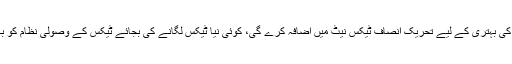
اس طرح معیشت کی بہتری کے لیے تحریکِ انصاف ٹیکس نیٹ میں اضافہ کرے گی، کوئی نیا ٹیکس لگانے کی بجائے ٹیکس کے وصولی نظام کو بہتر بنایا جائے گا۔